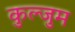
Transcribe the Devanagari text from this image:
कुल्जुम